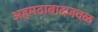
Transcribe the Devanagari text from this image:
अहमदाबादजवळ